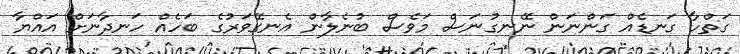
ގަތްހާ ގަނޑެއް ގަންނަން ނޭނގުނަސް މަވެސް ބުނެލާން އެނގޭވަރުގެ ބަހެއް ހަނދާނަށް އައްޔާ